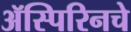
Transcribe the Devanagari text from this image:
ॲस्पिरिनचे